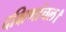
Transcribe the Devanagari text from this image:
दक्षिणांचल।